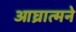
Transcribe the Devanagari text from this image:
आघ्रात्मने